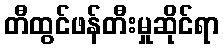
တီထွင်ဖန်တီးမှုဆိုင်ရာ